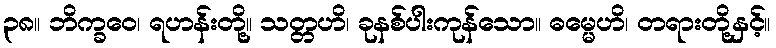
၃၈။ ဘိက္ခဝေ၊ ရဟန်းတို့။ သတ္တဟိ၊ ခုနစ်ပါးကုန်သော။ ဓမ္မေဟိ၊ တရားတို့နှင့်။